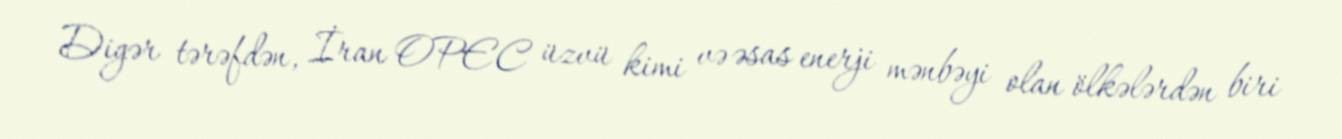
Digər tərəfdən, İran OPEC üzvü kimi və əsas enerji mənbəyi olan ölkələrdən biri